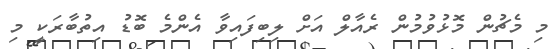
މި މެޗުން މޮޅުވުމުން ރެއާލް އަށް ލިބިފައިވާ އެންމެ ބޮޑު އިތުބާރަކީ މި